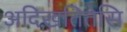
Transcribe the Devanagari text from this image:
अदिख़तितेसि